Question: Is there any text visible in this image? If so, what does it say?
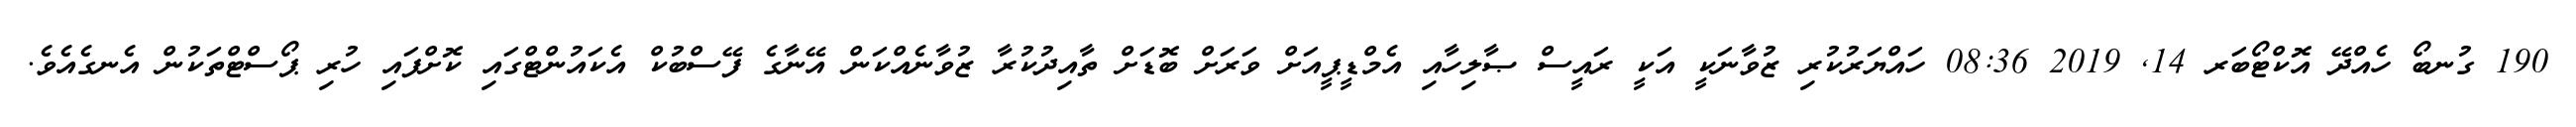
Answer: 190 ގުނބޯ ހެއްދޭ އޮކްޓޯބަރ 14, 2019 08:36 ހައްޔަރުކުރި ޒުވާނަކީ އަކީ ރައީސް ޞާލިހާއި އެމްޑީޕީއަށް ވަރަށް ބޮޑަށް ތާއިދުކުރާ ޒުވާނެއްކަން އޭނާގެ ފޭސްބުކް އެކައުންޓްގައި ކޮށްފައި ހުރި ޕޯސްޓްތަކުން އެނގެއެވެ.